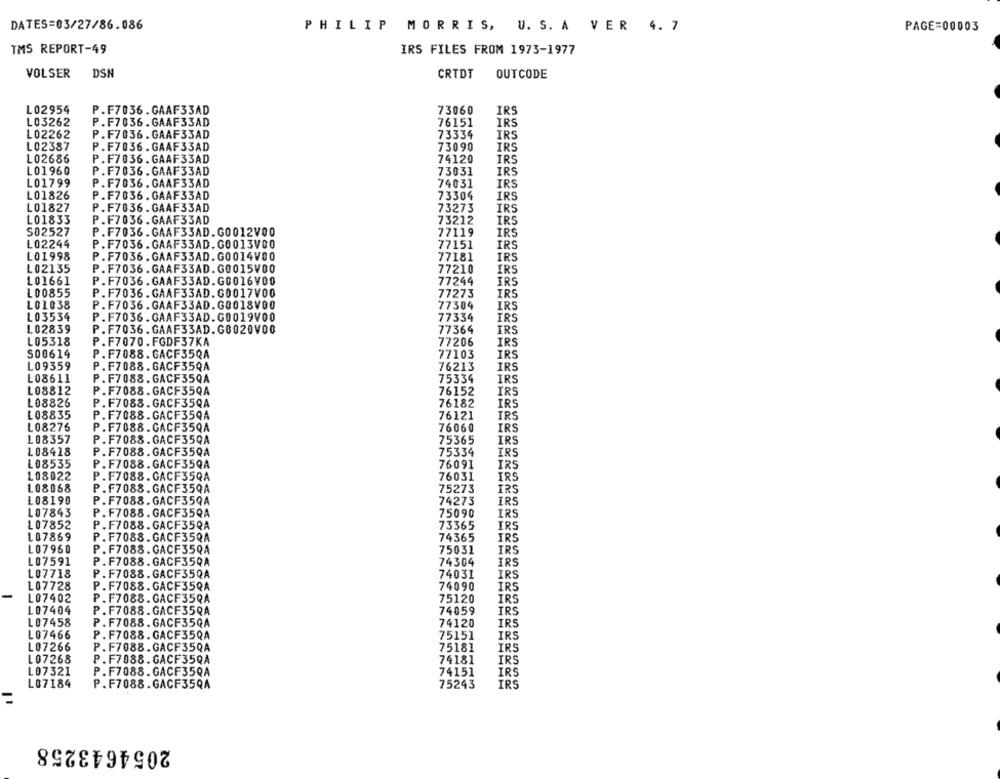
DATES=03/27/86.086
PHILIP MORRIS, U. S. A VER 4. 7
PAGE=00003
TMS REPORT-49
IRS FILES FROM 1973-1977
VOLSER
DSN
CRTDT
OUTCODE
L02954
73060
IRS
P.F7036.GAAF33AD
L03262
P.F7036.GAAF33AD
76151
IRS
L02262
P.F7036. GAAF33AD
73334
IRS
L02387
P.F7036.GAAF33AD
73090
IRS
L02686
P.F7036. GAAF33AD
74120
IRS
L01960
P.F7036.GAAF33AD
73031
IRS
L01799
P.F7036. GAAF33AD
74031
IRS
L01826
P.F7036.GAAF33AD
73304
IRS
L01827
P.F7036.GAAF33AD
73273
IRS
L01833
P.F7036.GAAF33AD
73212
IRS
S02527
P.F7036.GAAF33AD.G0012V00
77119
IRS
L02244
P.F7036.GAAF33AD.G0013V00
77151
IRS
LO1998
P.F7036.GAAF33AD.G0014V00
77181
IRS
L02135
P.F7036.GAAF33AD.G0015V00
77210
IRS
L01661
P.F7036.GAAF33AD.G0016V00
77244
IRS
L00855
P.F7036.GAAF33AD.G0017V00
77273
IRS
L01038
P.F7036.GAAF33AD.G0018V00
77304
IRS
L03534
P.F7036.GAAF33AD.G0019V00
77334
IRS
L02839
P.F7036.GAAF33AD.G0920V00
77364
IRS
L05318
P.F7070.FGDF37KA
77206
IRS
S00614
P.F7088. GACF35QA
77103
IRS
L09359
P. F7088. GACF35QA
76213
IRS
L08611
P.F7088. GACF35QA
75334
IRS
L08812
P.F7088. GACF35QA
76152
IRS
L08826
P. F7088. GACF35QA
76182
IRS
L08835
P.F7088.GACF35QA
76121
IRS
L08276
P.F7088.GACF35QA
76060
IRS
108357
P.F7088.GACF35QA
75365
IRS
L08418
P.F7088. GACF35QA
75334
IRS
L08535
P.F7088.GACF35QA
76091
IRS
108022
P.F7088. GACF35QA
76031
IRS
L08068
P.F7088.GACF35QA
75273
IRS
L08190
P.F7088. GACF35QA
74273
IRS
L07843
P.F7088. GACF35QA
75090
IRS
L07852
P.F7088. GACF35QA
73365
IRS
L07869
74365
IRS
P. F7088. GACF35QA
L07960
P.F7088. GACF35QA
75031
IRS
L07591
P.F7088.GACF35QA
74304
IRS
107718
P.F7088. GACF35QA
74031
IRS
L07728
P.F7088.GACF35QA
74090
IRS
-
L07402
P.F7088.GACF35QA
75120
IRS
L07404
P.F7088.GACF35QA
74059
IRS
L07458
P. F7088. GACF35QA
74120
IRS
L07466
P. F7088. GACF35QA
75151
IRS
L07266
P.F7088.GACF35QA
75181
IRS
L07268
P.F7088.GACF35QA
74181
IRS
L07321
P.F7088.GACF35QA
74151
IRS
L07184
P.F7088.GACF35QA
75243
IRS
2054643258